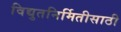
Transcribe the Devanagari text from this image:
विद्युतनिर्मितीसाठी